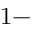
1 -